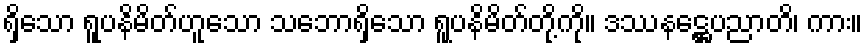
ရှိသော ရူပနိမိတ်ဟူသော သဘောရှိသော ရူပနိမိတ်တို့ကို။ ဒဿနဋ္ဌေပညာတိ၊ ကား။